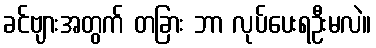
ခင်ဗျားအတွက် တခြား ဘာ လုပ်ပေးရဦးမလဲ။